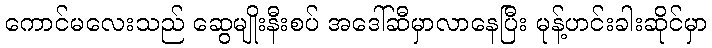
ကောင်မလေးသည် ဆွေမျိုးနီးစပ် အဒေါ်ဆီမှာလာနေပြီး မုန့်ဟင်းခါးဆိုင်မှာ